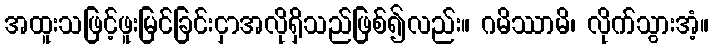
အထူးသဖြင့်ဖူးမြင်ခြင်းငှာအလိုရှိသည်ဖြစ်၍လည်း။ ဂမိဿာမိ၊ လိုက်သွားအံ့။